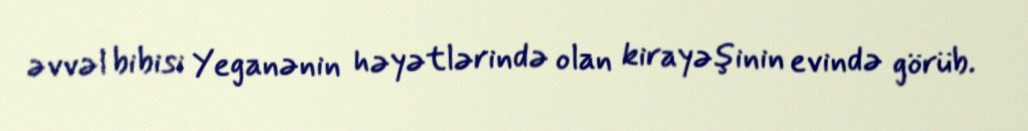
əvvəl bibisi Yeganənin həyətlərində olan kirayəşinin evində görüb.